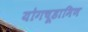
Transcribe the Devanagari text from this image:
योगचूडामिण